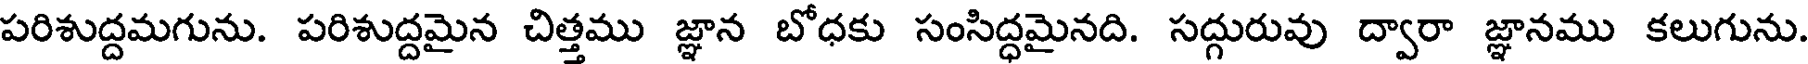
పరిశుద్దమగును. పరిశుద్దమైన చిత్తము జ్ఞాన బోధకు సంసిద్ధమైనది. సద్గురువు ద్వారా జ్ఞానము కలుగును.